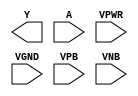
module sky130_fd_sc_ls__inv (
    Y   ,
    A   ,
    VPWR,
    VGND,
    VPB ,
    VNB
);

    output Y   ;
    input  A   ;
    input  VPWR;
    input  VGND;
    input  VPB ;
    input  VNB ;
endmodule